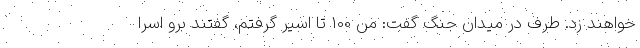
خواهند زد. طرف در میدان جنگ گفت: من 100 تا اسیر گرفتم، گفتند برو اسرا